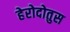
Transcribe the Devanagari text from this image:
हेरोदोतुस